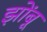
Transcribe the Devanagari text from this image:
झोंंबू